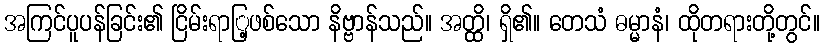
အကြင်ပူပန်ခြင်း၏ ငြိမ်းရာြ့ဖစ်သော နိဗ္ဗာန်သည်။ အတ္ထိ၊ ရှိ၏။ တေသံ ဓမ္မာနံ၊ ထိုတရားတို့တွင်။